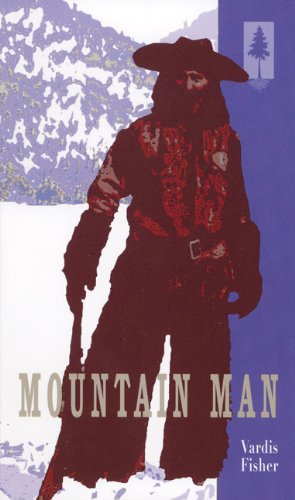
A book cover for Mountain Man; Vardis Fisher; Literature & Fiction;